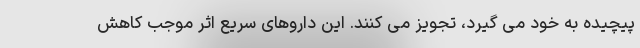
پیچیده به خود می گیرد، تجویز می کنند. این داروهای سریع اثر موجب کاهش